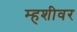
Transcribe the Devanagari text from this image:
म्हशीवर